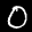
Label: 0